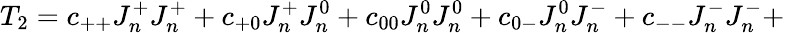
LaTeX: T_{2}=c_{++}J_{n}^{+}J_{n}^{+}+c_{+0}J_{n}^{+}J_{n}^{0}+c_{00}J_{n}^{0}J_{n}^{0}+c_{0-}J_{n}^{0}J_{n}^{-}+c_{--}J_{n}^{-}J_{n}^{-}+